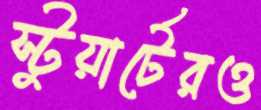
স্টুয়ার্টেরও